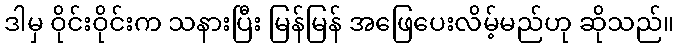
ဒါမှ ဝိုင်းဝိုင်းက သနားပြီး မြန်မြန် အဖြေပေးလိမ့်မည်ဟု ဆိုသည်။